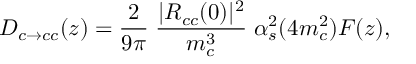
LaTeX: D _ { c \to c c } ( z ) = \frac { 2 } { 9 \pi } \; \frac { | R _ { c c } ( 0 ) | ^ { 2 } } { m _ { c } ^ { 3 } } \; \alpha _ { s } ^ { 2 } ( 4 m _ { c } ^ { 2 } ) F ( z ) ,